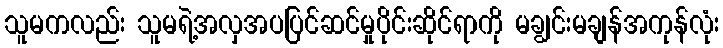
သူမကလည်း သူမရဲ့အလှအပပြင်ဆင်မှုပိုင်းဆိုင်ရာကို မချွင်းမချန်အကုန်လုံး